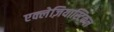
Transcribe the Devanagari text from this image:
एक्लेज़ियास्टिकल